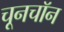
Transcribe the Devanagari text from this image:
चूनचॉन